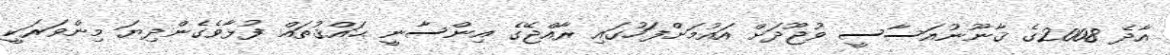
އާދެ 2008ގެ ޤާނޫނުއަސާސީ ވުޖޫދަށް އައުމަށްފަހުގައި ރާއްޖޭގެ އިންސާނީ ޙައްޤުތައް ފުޅާވެގެންދިޔަ މިންވަރަކީ